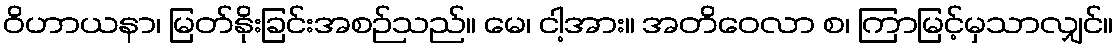
ဝိဟာယနာ၊ မြတ်နိုးခြင်းအစဉ်သည်။ မေ၊ ငါ့အား။ အတိဝေလာ စ၊ ကြာမြင့်မှသာလျှင်။